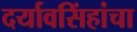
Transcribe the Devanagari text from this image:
दर्यावसिंहांचा